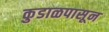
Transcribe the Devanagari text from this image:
कुडाळपासून